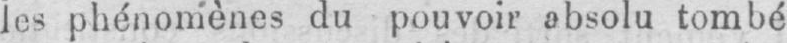
les phénomènes du pouvoir absolu tombé